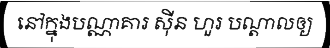
នៅក្នុងបណ្ណាគារ ស៊ីន ហួរ បណ្តាលឲ្យ